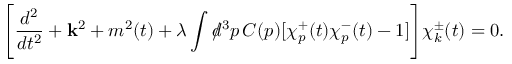
\Biggl [ \frac { d ^ { 2 } } { d t ^ { 2 } } + { \bf k } ^ { 2 } + m ^ { 2 } ( t ) + \lambda \int d \! \! \! / ^ { 3 } p \, C ( p ) [ \chi _ { p } ^ { + } ( t ) \chi _ { p } ^ { - } ( t ) - 1 ] \Biggr ] \chi _ { k } ^ { \pm } ( t ) = 0 .